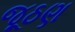
જૂઠણ